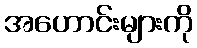
အဟောင်းများကို